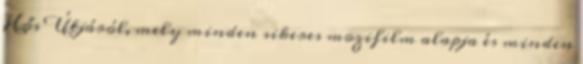
Hős Útjáról, mely minden sikeres mozifilm alapja és minden